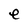
Character: e